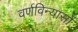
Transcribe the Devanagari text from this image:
वर्णविन्यासों